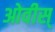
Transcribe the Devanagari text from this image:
ओवीस्